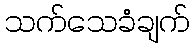
သက်သေခံချက်